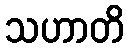
သဟာတိ